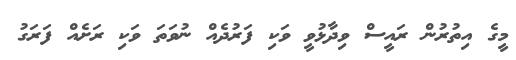
މީގެ އިތުރުން ރައީސް ވިދާޅުވީ ވަކި ފަރުދެއް ނުވަތަ ވަކި ރަށެއް ފަރަގު